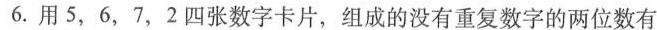
6.用5，6，7，2四张数字卡片，组成的没有